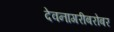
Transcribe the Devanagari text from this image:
देवनागरीबरोबर